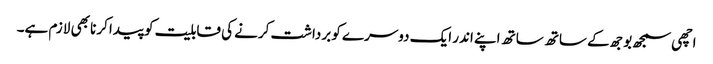
اچھی سمجھ بوجھ کے ساتھ ساتھ اپنے اندر ایک دوسرے کو برداشت کرنے کی قابلیت کو پیدا کرنا بھی لازم ہے۔